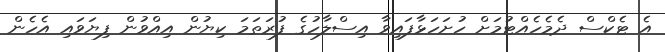
އެ ޓެކްސް ދެމެހެއްޓުމަށް ހުށަހަޅާފައިވާ އިސްލާހުގެ ފުރަތަމަ ކިޔުން އިއްވުން ފިޔަވައި އެހެން